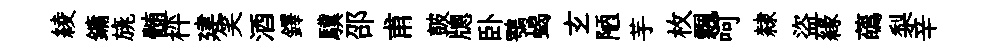
綾鏞旐髄枰建笑酒鐸驥邵甫皷牕卧鶚蝎𤣥陋芋枚飄呵隸盜縁蘤梨辛